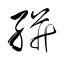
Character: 絣